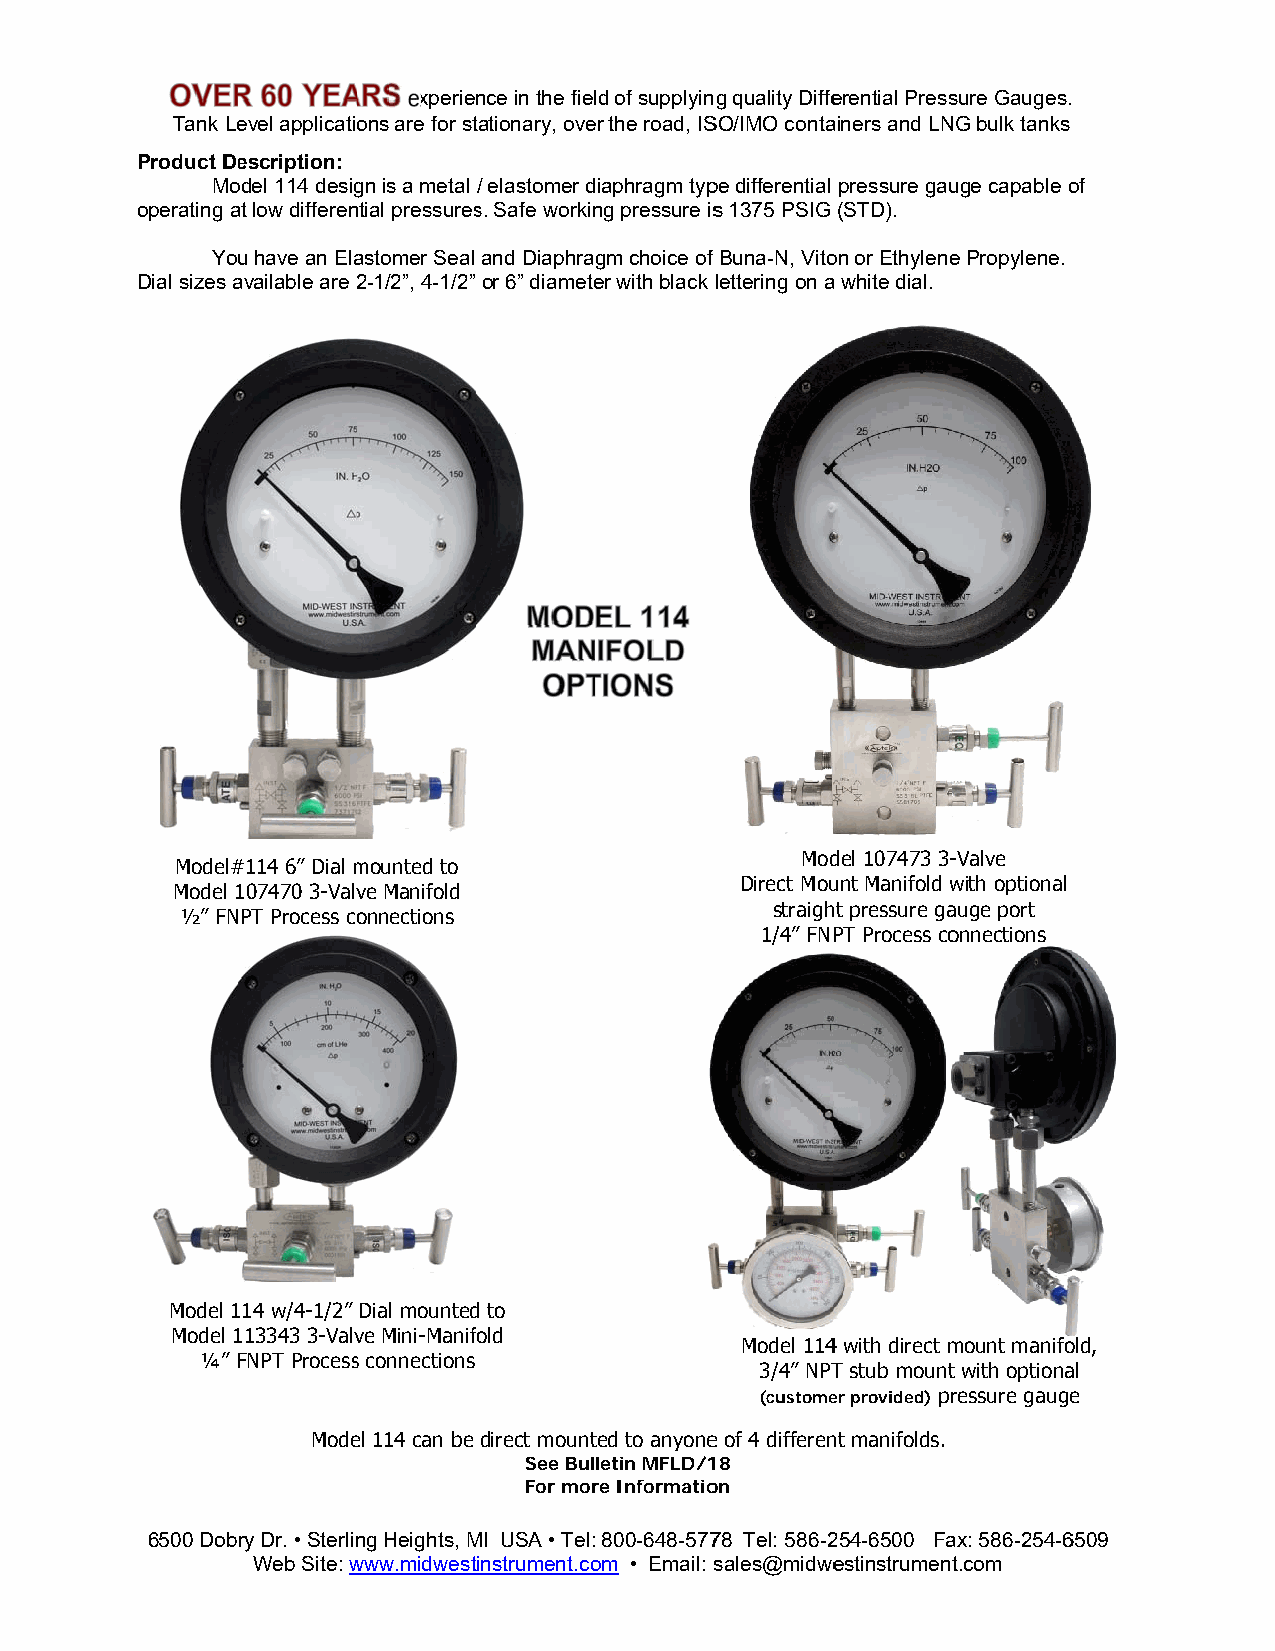
experience in the fielld of supplying quality Diffeerential Presssure Gauges.
 Tank Leevel applicatioons are for sttationary, oveer the road, ISSO/IMO contaainers and LNNG bulk tanks
 Product Deescription:
 Moodel 114 desiggn is a metal / elastomer diaphragm typpe differential pressure gauuge capable oof
 operating aat low differenntial pressuress. Safe workinng pressure iss 1375 PSIG (STD).
 You have an Elaastomer Seal and Diaphraggm choice of Buna-N, Vitoon or Ethylenee Propylene.
 Dial sizes aavailable are 22-1/2”, 4-1/2” or 6” diameteer with black lettering on aa white dial.
 Model 1114 w/6” Dial mmounted to
 Moddel 107473 3--Valve
 Model##114 6” Dial mmounted to
 Direct Mouunt Manifold wwith optional
 Model 1107470 3-Valvve Manifold
 straighht pressure gaauge port
 ½” FNNPT Process coonnections
 1/4” FNPPT Process coonnections
 Model 1114 w/4-1/2” Dial mountedd to
 Model 1113343 3-Valvve Mini-Maniffold
 Model 1144 with direct mmount manifoold,
 ¼” FFNPT Processs connections
 3/4” NPTT stub mountt with optionaal
 (customeer provided) prressure gaugee
 Modeel 114 can be direct mountted to anyonee of 4 differennt manifolds.
 See Bulletin MFLD/118
 For morre Informatioon
 6500 Dobry Dr. • Sterlinng Heights, MMI USA • Tel: 800-648-57778 Tel: 586-2254-6500 Faax: 586-254-66509
 Web Site: wwww.midwestinstrument.coom • Email: ssales@midweestinstrumentt.com